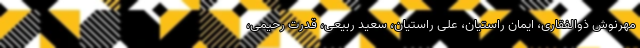
مهرنوش ذوالفقاری، ایمان راستیان، علی راستیان، سعید ربیعی، قدرت رحیمی،